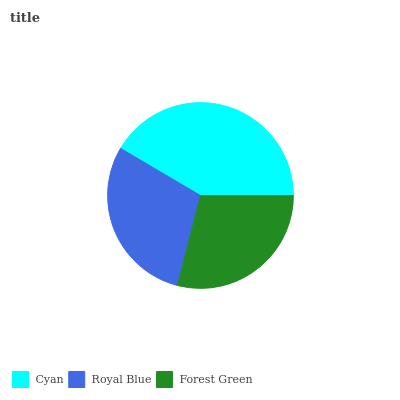
| Cyan | Royal Blue | Forest Green |
 | --- | --- | --- |
 | 41.6% | 29.5% | 29% |